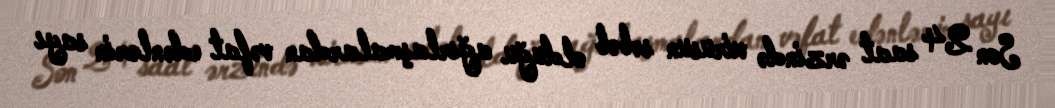
Son 24 saat ərzində virusun səbəb olduğu ağırlaşmalardan vəfat edənlərin sayı